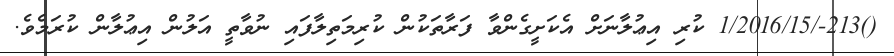
()213-/1/2016/15 ކުރި އިޢުލާނަށް އެކަށީގެންވާ ފަރާތަކުން ކުރިމަތިލާފައި ނުވާތީ އަލުން އިޢުލާން ކުރަމެވެ.